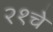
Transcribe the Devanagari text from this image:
२१चे